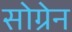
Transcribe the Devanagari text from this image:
सोग्रेन